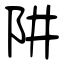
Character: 阱